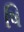
ષિ